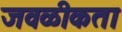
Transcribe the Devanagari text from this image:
जवळीकता